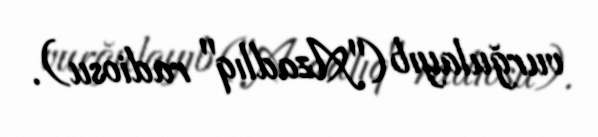
vurğulayıb ("Azadlıq" radiosu).